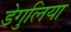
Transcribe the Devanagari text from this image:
डेगुलिया